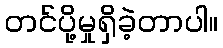
တင်ပို့မှုရှိခဲ့တာပါ။